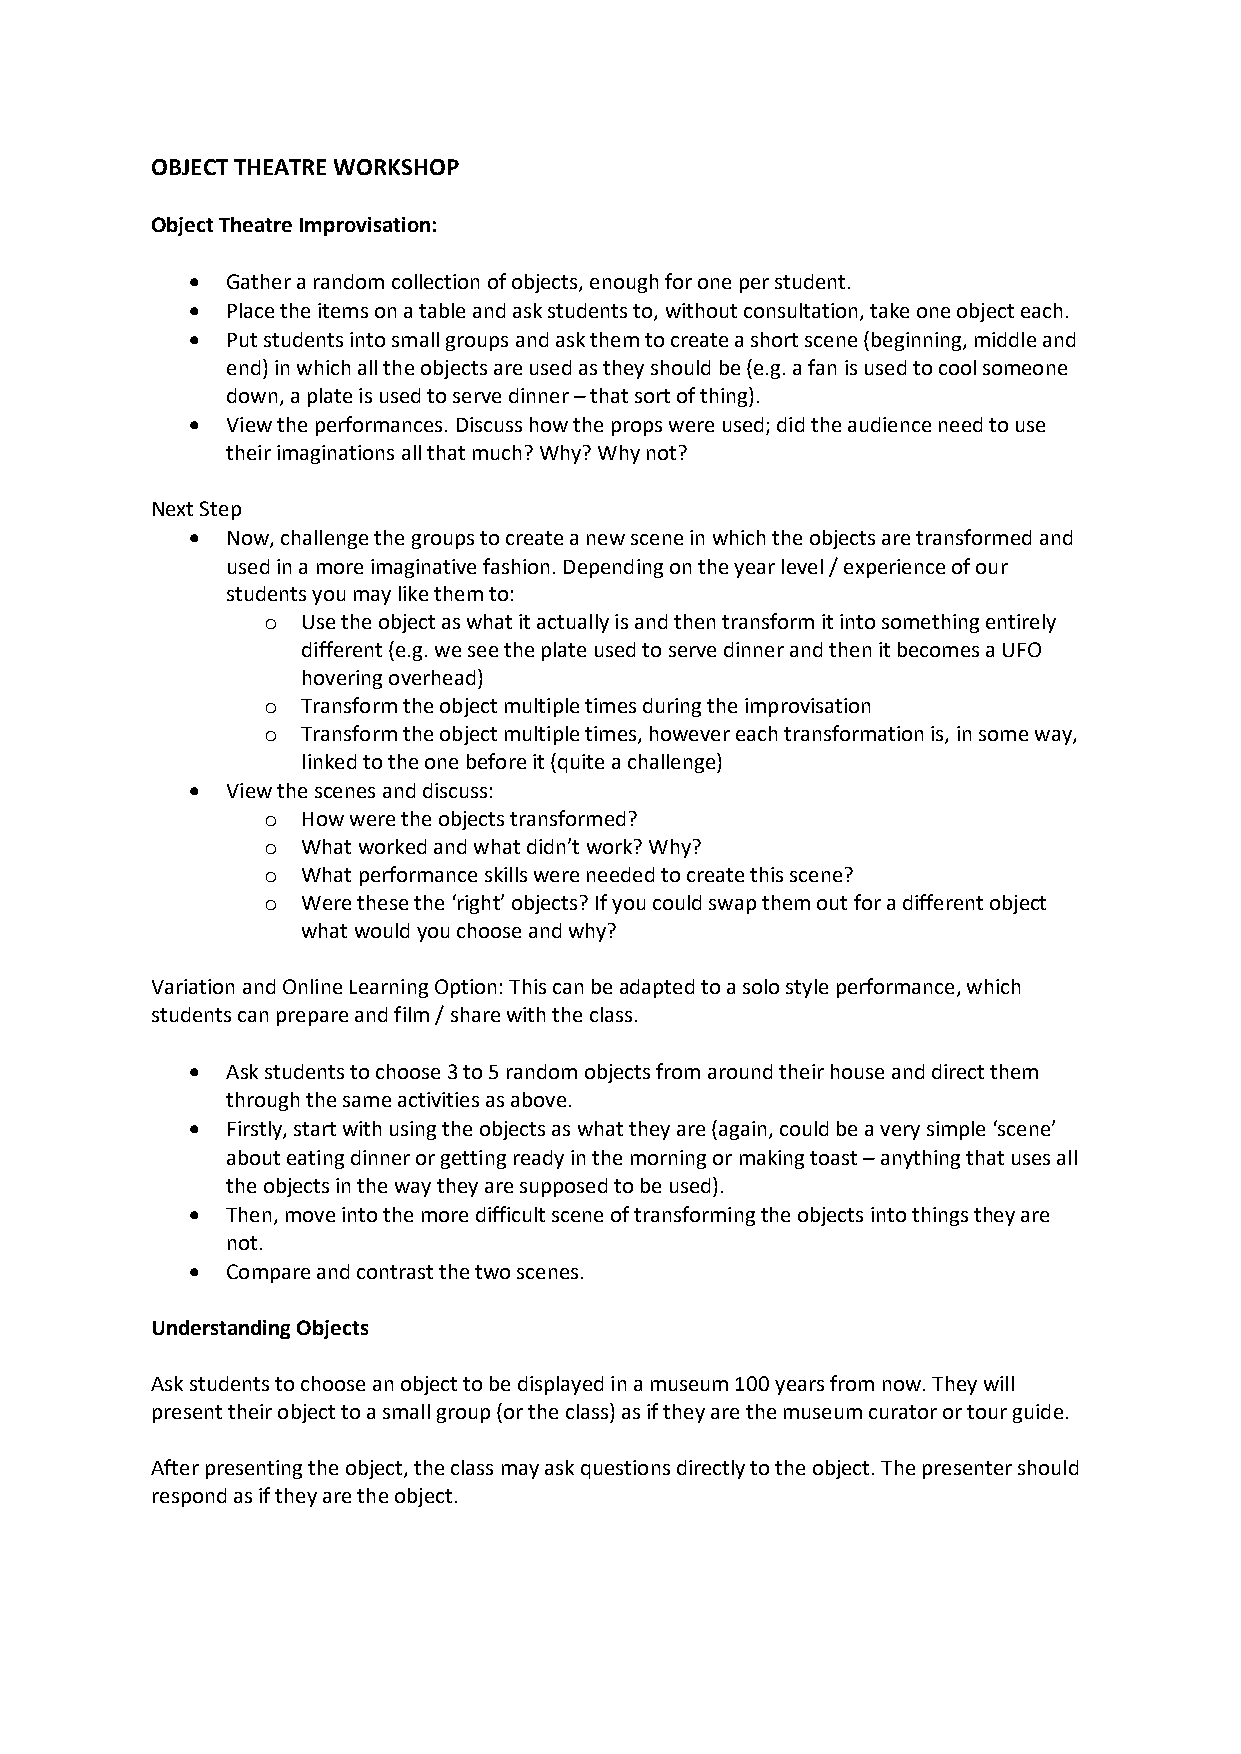
OBJECT THEATRE WORKSHOP
 Object Theatre Improvisation:
 •  Gather a random collection of objects, enough for one per student.
 •  Place the items on a table and ask students to, without consultation, take one object each.
 •  Put students into small groups and ask them to create a short scene (beginning, middle and
 end) in which all the objects are used as they should be (e.g. a fan is used to cool someone
 down, a plate is used to serve dinner – that sort of thing).
 •  View the performances. Discuss how the props were used; did the audience need to use
 their imaginations all that much? Why? Why not?
 Next Step
 •  Now, challenge the groups to create a new scene in which the objects are transformed and
 used in a more imaginative fashion. Depending on the year level / experience of our
 students you may like them to:
 o  Use the object as what it actually is and then transform it into something entirely
 different (e.g. we see the plate used to serve dinner and then it becomes a UFO
 hovering overhead)
 o  Transform the object multiple times during the improvisation
 o  Transform the object multiple times, however each transformation is, in some way,
 linked to the one before it (quite a challenge)
 •  View the scenes and discuss:
 o  How were the objects transformed?
 o  What worked and what didn’t work? Why?
 o  What performance skills were needed to create this scene?
 o  Were these the ‘right’ objects? If you could swap them out for a different object
 what would you choose and why?
 Variation and Online Learning Option: This can be adapted to a solo style performance, which
 students can prepare and film / share with the class.
 •  Ask students to choose 3 to 5 random objects from around their house and direct them
 through the same activities as above.
 •  Firstly, start with using the objects as what they are (again, could be a very simple ‘scene’
 about eating dinner or getting ready in the morning or making toast – anything that uses all
 the objects in the way they are supposed to be used).
 •  Then, move into the more difficult scene of transforming the objects into things they are
 not.
 •  Compare and contrast the two scenes.
 Understanding Objects
 Ask students to choose an object to be displayed in a museum 100 years from now. They will
 present their object to a small group (or the class) as if they are the museum curator or tour guide.
 After presenting the object, the class may ask questions directly to the object. The presenter should
 respond as if they are the object.